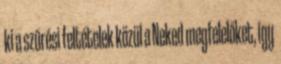
ki a szűrési feltételek közül a Neked megfelelőket, így